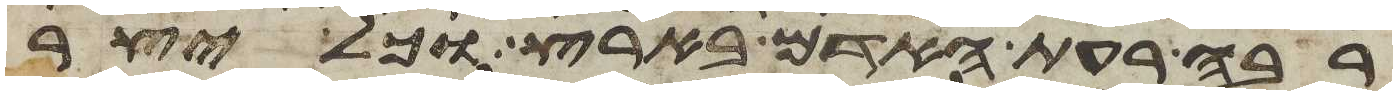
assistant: רבה רעת האדם בארץ וכל יצר